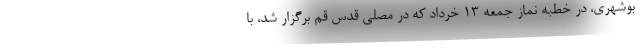
بوشهری، در خطبه نماز جمعه ۱۳ خرداد که در مصلی قدس قم برگزار شد، با